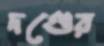
দণ্ডের